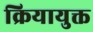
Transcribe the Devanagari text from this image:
क्रियायुक्त